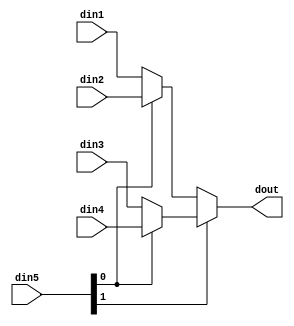
// ==============================================================
// File generated by Vivado(TM) HLS - High-Level Synthesis from C, C++ and SystemC
// Version: 2015.4
// Copyright (C) 2015 Xilinx Inc. All rights reserved.
// 
// ==============================================================


`timescale 1ns/1ps

module encrypt_mux_4to1_sel2_32_1 #(
parameter
    ID                = 0,
    NUM_STAGE         = 1,
    din1_WIDTH       = 32,
    din2_WIDTH       = 32,
    din3_WIDTH       = 32,
    din4_WIDTH       = 32,
    din5_WIDTH         = 32,
    dout_WIDTH            = 32
)(
    input  [31 : 0]     din1,
    input  [31 : 0]     din2,
    input  [31 : 0]     din3,
    input  [31 : 0]     din4,
    input  [1 : 0]    din5,
    output [31 : 0]   dout);

// puts internal signals
wire [1 : 0]     sel;
// level 1 signals
wire [31 : 0]         mux_1_0;
wire [31 : 0]         mux_1_1;
// level 2 signals
wire [31 : 0]         mux_2_0;

assign sel = din5;

// Generate level 1 logic
assign mux_1_0 = (sel[0] == 0)? din1 : din2;
assign mux_1_1 = (sel[0] == 0)? din3 : din4;

// Generate level 2 logic
assign mux_2_0 = (sel[1] == 0)? mux_1_0 : mux_1_1;

// output logic
assign dout = mux_2_0;

endmodule